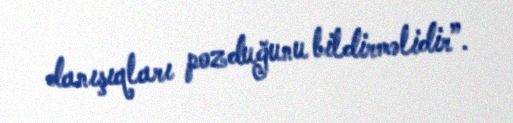
danışıqları pozduğunu bildirməlidir”.